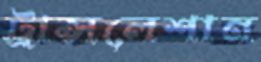
ট্রান্সলেশান